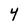
Character: 4